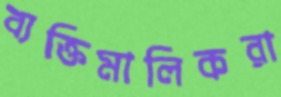
ব্যক্তিমালিকরা